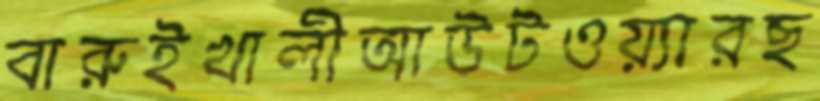
বারুইখালীআউটওয়্যারছ